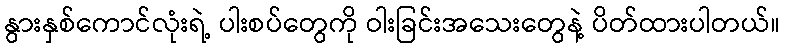
နွားနှစ်ကောင်လုံးရဲ့ ပါးစပ်တွေကို ဝါးခြင်းအသေးတွေနဲ့ ပိတ်ထားပါတယ်။